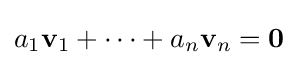
a_{1}\mathbf {v} _{1}+\cdots +a_{n}\mathbf {v} _{n}=\mathbf {0}